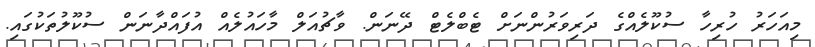
މިއަހަރު ހުރިހާ ސުކޫލެއްގެ ދަރިވަރުންނަށް ޓެބްލެޓް ދޭނަން. ވާޗުއަލް މާހައުލެއް އުފައްދާނަން ސުކޫލުތަކުގައި.